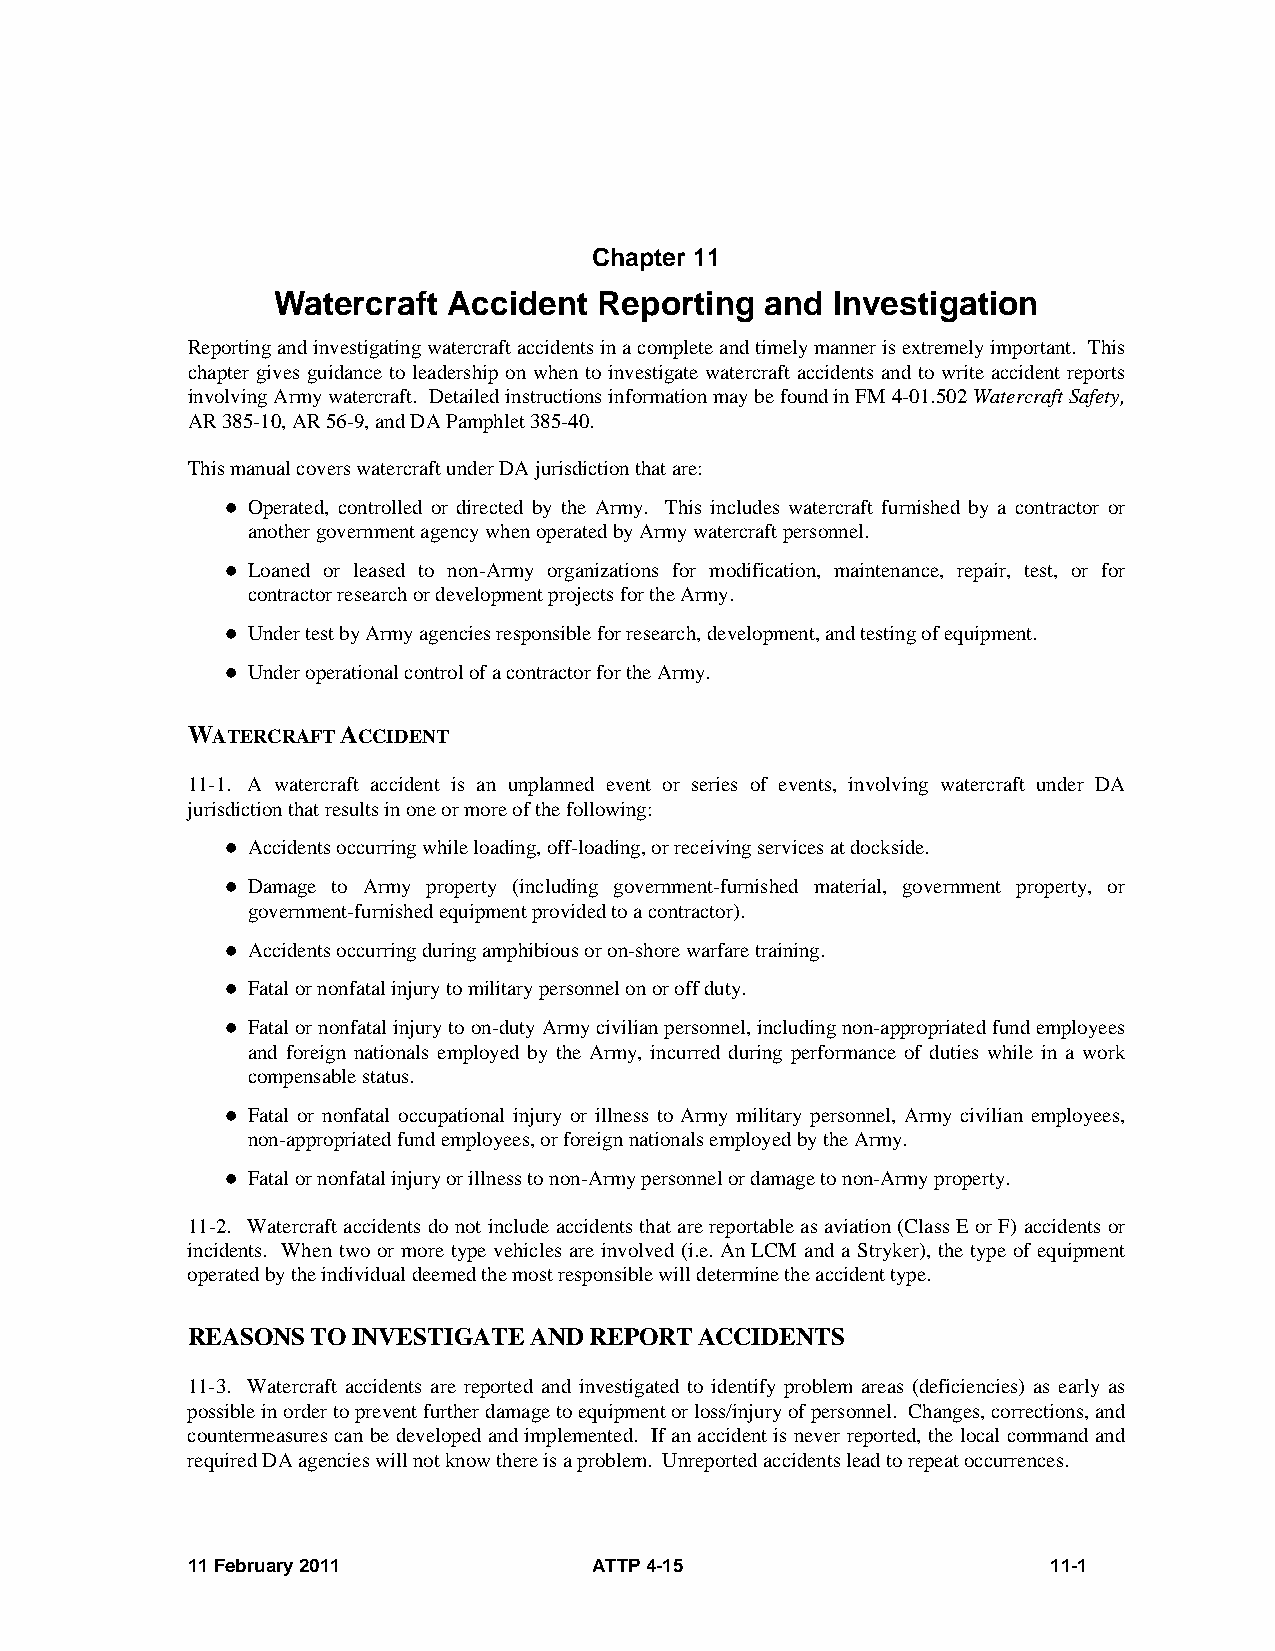
Chapter 11
 Watercraft  Accident  Reporting  and Investigation
 Reporting and investigating watercraft accidents in a complete and timely manner is extremely important. This
 chapter gives guidance to leadership on when to investigate watercraft accidents and to write accident reports
 involving Army watercraft. Detailed instructions information may be found in FM 4-01.502 Watercraft Safety,
 AR 385-10, AR 56-9, and DA Pamphlet 385-40.
 This manual covers watercraft under DA jurisdiction that are:
  Operated, controlled or directed by the Army. This includes watercraft furnished by a contractor or
 another government agency when operated by Army watercraft personnel.
  Loaned or leased to non-Army organizations for modification, maintenance, repair, test, or for
 contractor research or development projects for the Army.
  Under test by Army agencies responsible for research, development, and testing of equipment.
  Under operational control of a contractor for the Army.
 WATERCRAFT ACCIDENT
 11-1. A watercraft accident is an unplanned event or series of events, involving watercraft under DA
 jurisdiction that results in one or more of the following:
  Accidents occurring while loading, off-loading, or receiving services at dockside.
  Damage to Army property (including government-furnished material, government property, or
 government-furnished equipment provided to a contractor).
  Accidents occurring during amphibious or on-shore warfare training.
  Fatal or nonfatal injury to military personnel on or off duty.
  Fatal or nonfatal injury to on-duty Army civilian personnel, including non-appropriated fund employees
 and foreign nationals employed by the Army, incurred during performance of duties while in a work
 compensable status.
  Fatal or nonfatal occupational injury or illness to Army military personnel, Army civilian employees,
 non-appropriated fund employees, or foreign nationals employed by the Army.
  Fatal or nonfatal injury or illness to non-Army personnel or damage to non-Army property.
 11-2. Watercraft accidents do not include accidents that are reportable as aviation (Class E or F) accidents or
 incidents. When two or more type vehicles are involved (i.e. An LCM and a Stryker), the type of equipment
 operated by the individual deemed the most responsible will determine the accident type.
 REASONS  TO INVESTIGATE AND REPORT ACCIDENTS
 11-3. Watercraft accidents are reported and investigated to identify problem areas (deficiencies) as early as
 possible in order to prevent further damage to equipment or loss/injury of personnel. Changes, corrections, and
 countermeasures can be developed and implemented. If an accident is never reported, the local command and
 required DA agencies will not know there is a problem. Unreported accidents lead to repeat occurrences.
 11 February 2011           ATTP 4-15                      11-1